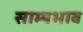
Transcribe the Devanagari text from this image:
साम्यभाव